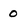
Character: 0